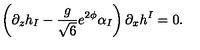
\left( \partial _ { z } h _ { I } - \frac { g } { \sqrt { 6 } } e ^ { 2 \phi } \alpha _ { I } \right) \partial _ { x } h ^ { I } = 0 .